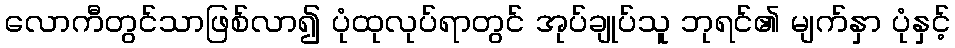
လောကီတွင်သာဖြစ်လာ၍ ပုံထုလုပ်ရာတွင် အုပ်ချုပ်သူ ဘုရင်၏ မျက်နှာ ပုံနှင့်